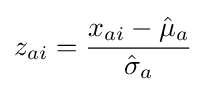
z_{ai}={\frac {x_{ai}-{\hat {\mu }}_{a}}{{\hat {\sigma }}_{a}}}